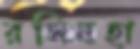
রসিনহা